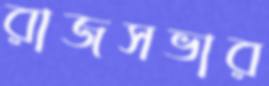
রাজসভার